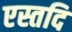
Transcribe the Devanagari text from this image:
एस्तदि